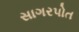
સાગરપોત